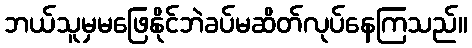
ဘယ်သူမှမဖြေနိုင်ဘဲခပ်မဆိတ်လုပ်နေကြသည်။